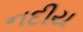
નદીય